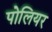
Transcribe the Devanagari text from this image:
पोलियर